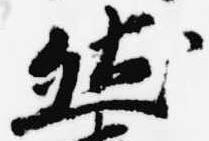
然